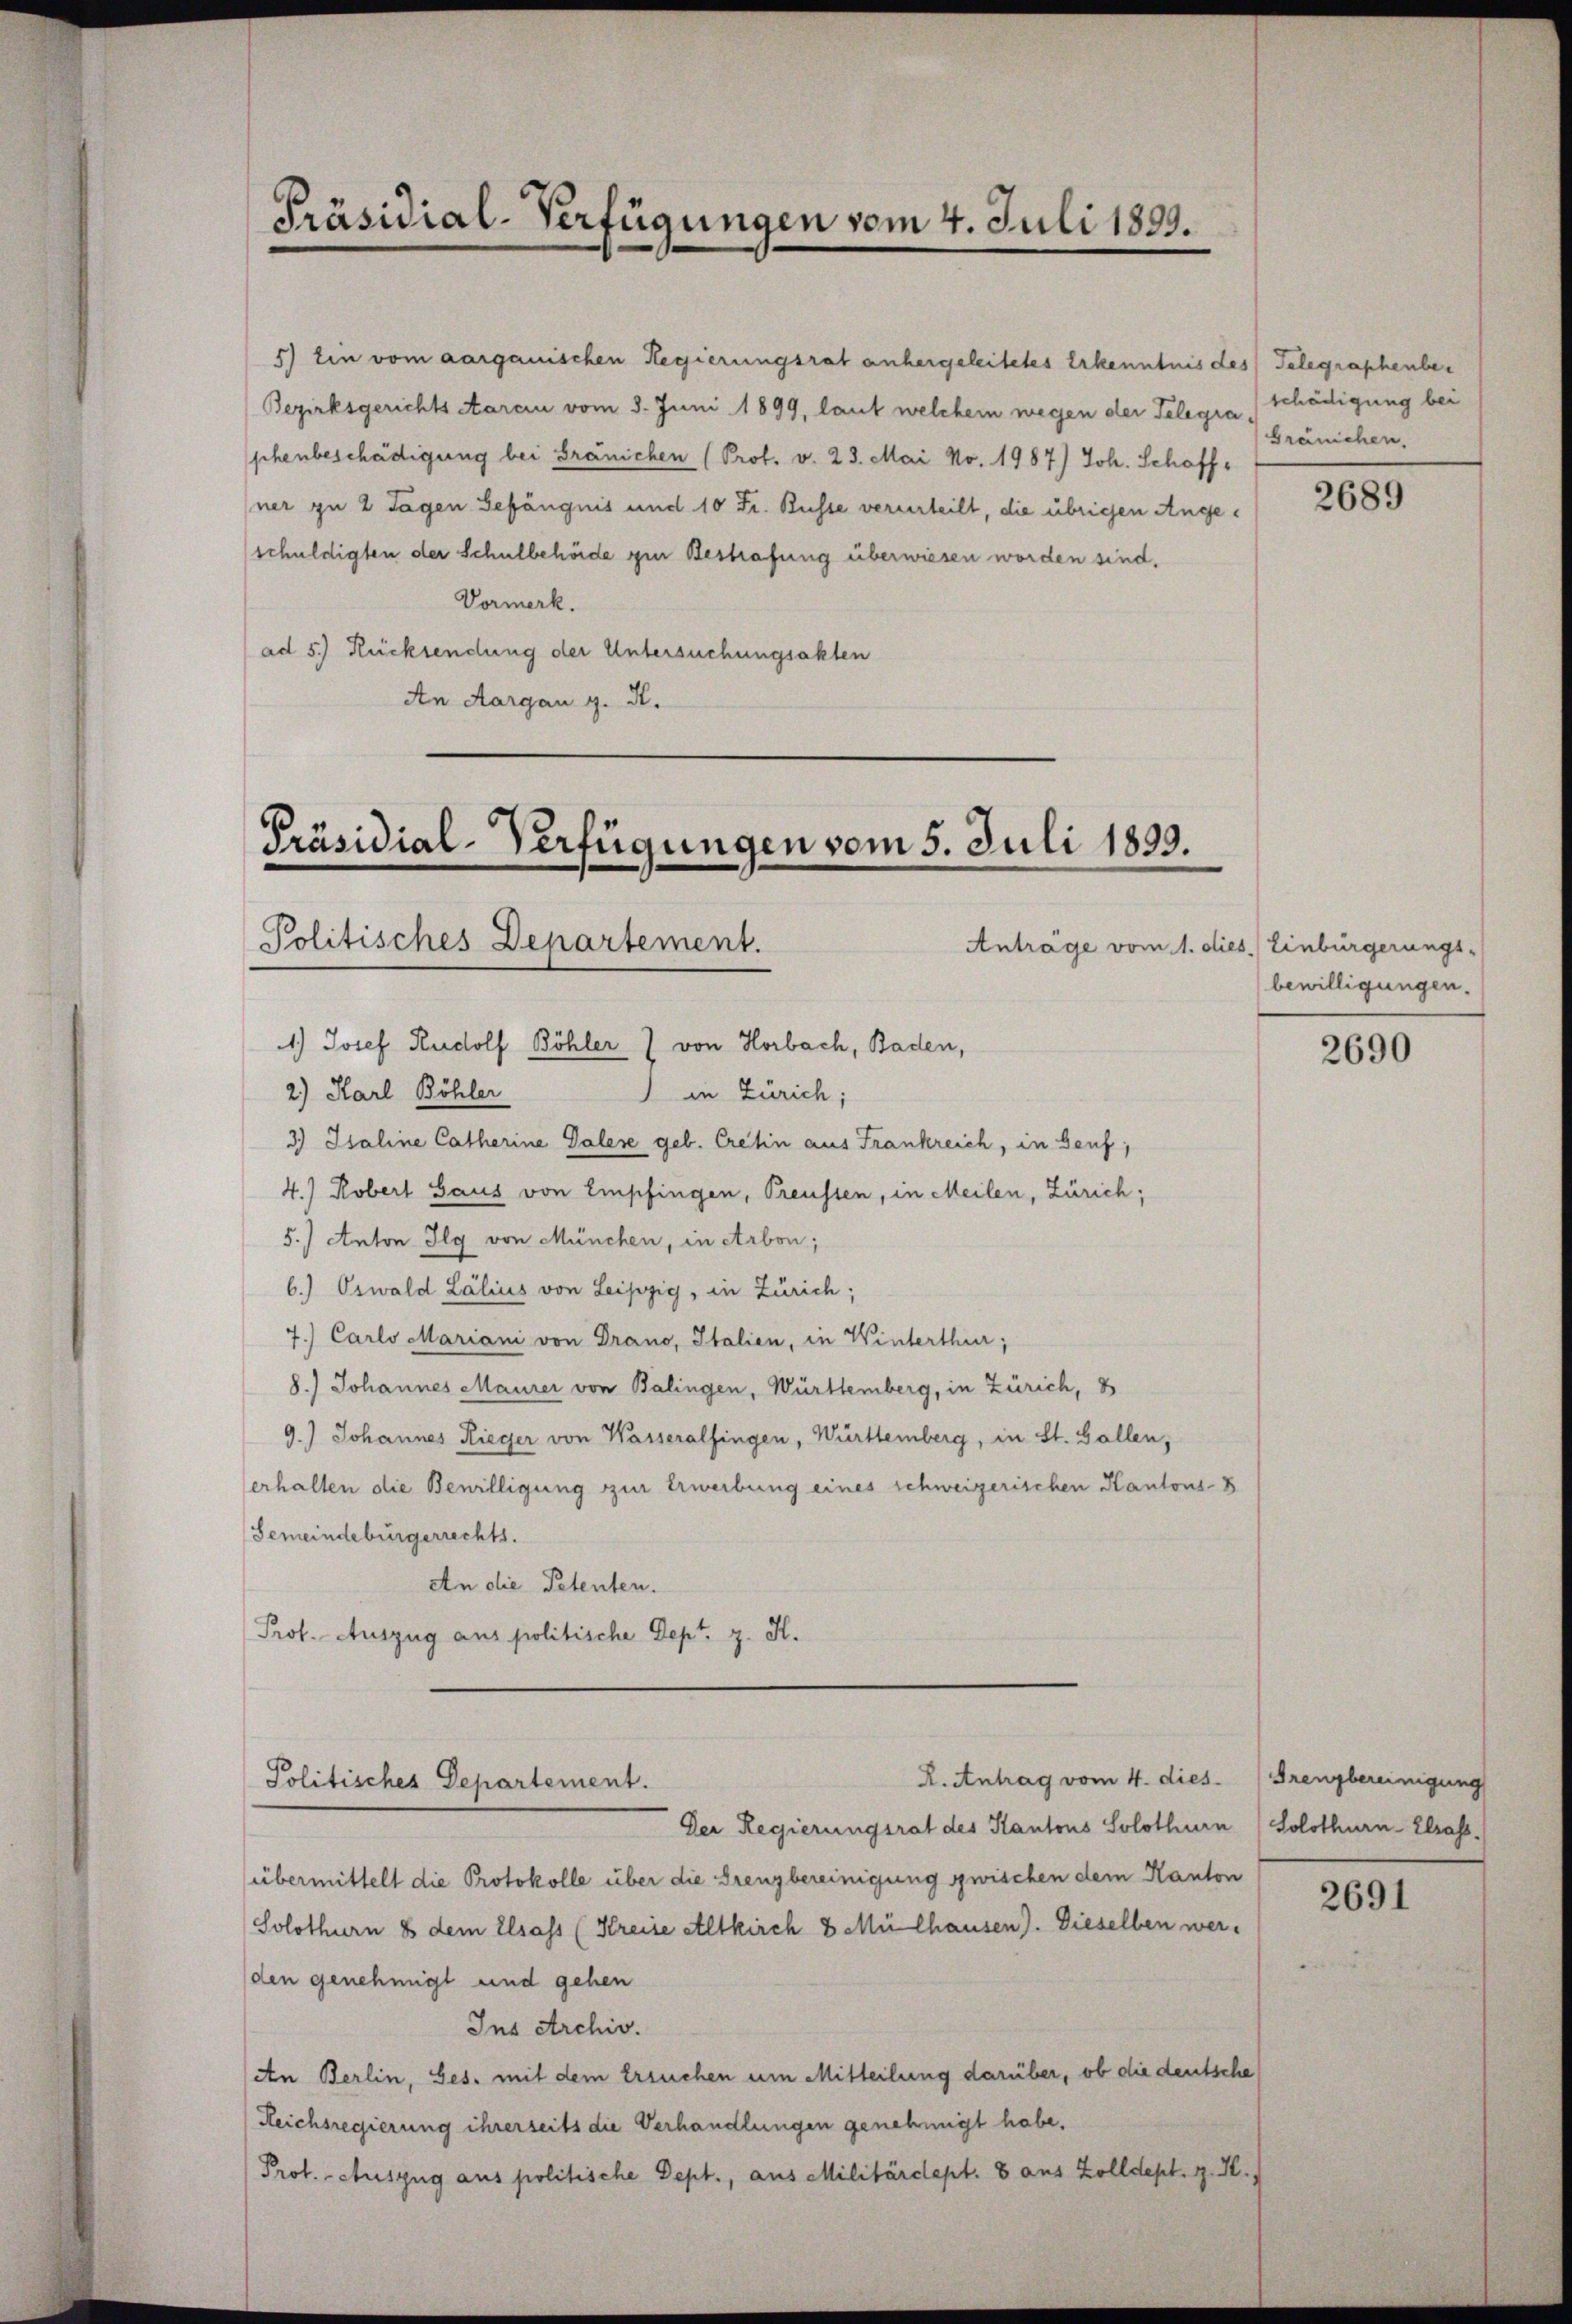
Präsidial-Verfügungen vom 4. Juli 1899.

5) Ein vom aargauischen Regierungsrat anhergeleitetes Erkenntnis des Telegraphenber
Bezirksgerichts Aarau vom 8. Juni 1899, laut welchem wegen der Telegraphenbeschädigung bei Gränichen (Prof. v. 23. Mai No. 1987) Joh. Schöffhner zu 2 Tagen Gefängnis und 10 Fr. Busse verurteilt, die übrigen Angeschuldigten der Schulbehörde zur Bestrafung überwiesen worden sind.
Vormerk.
ad 5.) Rücksendung der Untersuchungsakten
An Aargau g. R.

Präsidial-Verfügungen vom 5. Juli 1899.
Politisches Departement.
1.) Josef Rudolf Böhler 7 von Horbach, Baden,

Politisches Departement.

in Zürich;
2.) Karl Böhler
3.) Isaline Catharine Galere geb. Cretin aus Frankreich, in Genf,
4.) Robert Haus von Empfingen, Preussen, in Meilen, Zürich;
5.) Anton Ilg von München, in Arbon;
b. Oswald Lálius von Leipzig, in Zürich;
7.) Carlo Mariani von Drano, Italien, in Winterthur;
8.) Johannes Maurer von Balingen, Württemberg, in Zürich,
9.) Johannes Rieger von Wasserolfingen, Württemberg, in St. Gallen,
erhalten die Bewilligung zur Erwerbung eines schweizerischen Kantons-B
Gemeindebürgerrechts.
An die Petenten.
Prof. Auszug aus politische Dept. z. H.

Anträge vom 1. dies. Einbürgerungs-

Der Regierungsrat des Kantons Solothurn
übermittelt die Protokolle über die Grenzbereinigung zwischen dem Kanton
Solothurn 8 dem Elsass (Kreise atltkirch 8 Mülhausen). Dieselben werden genehmigt und gehen
Ins Archiv.
An Berlin, Ges. mit dem Ersuchen um Mitteilung darüber, ob die deutsche
Reichsregierung ihrerseits die Verhandlungen genehmigt habe.
Prot. - Auszug aus politische Dept., aus Militärdept. 8 aus Zolldept. g. K.

R. Antrag vom 4. dies. (Grenzbereinigung

schädigung bei
Gränichen.

2689

bewilligungen.

2690

Solothurn-Strass

2691